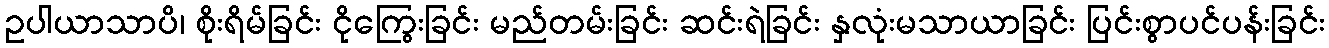
ဥပါယာသာပိ၊ စိုးရိမ်ခြင်း ငိုကြွေးခြင်း မည်တမ်းခြင်း ဆင်းရဲခြင်း နှလုံးမသာယာခြင်း ပြင်းစွာပင်ပန်းခြင်း